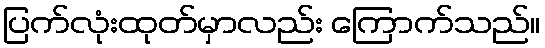
ပြက်လုံးထုတ်မှာလည်း ကြောက်သည်။